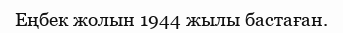
Еңбек жолын 1944 жылы бастаған.